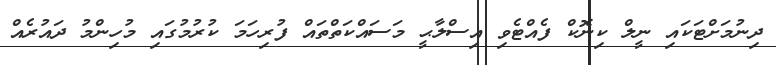
ދިނުމަށްޓަކައި ނީލް ކިނޮކް ފެއްޓެވި އިސްލާޙީ މަސައްކަތްތައް ފުރިހަމަ ކުރުމުގައި މުހިންމު ދައުރެއް